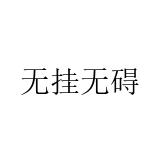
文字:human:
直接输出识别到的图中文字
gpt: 无挂无碍